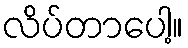
လိပ်တာပေါ့။